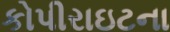
કોપીરાઇટના